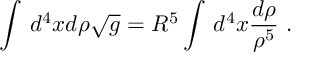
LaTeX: \int \, d ^ { 4 } x d \rho { \sqrt g } = R ^ { 5 } \int \, d ^ { 4 } x \frac { d \rho } { \rho ^ { 5 } } \ .